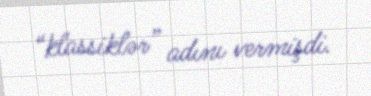
“klassiklər” adını vermişdi.